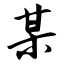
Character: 某